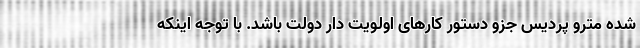
شده مترو پردیس جزو دستور کارهای اولویت دار دولت باشد. با توجه اینکه